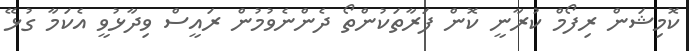
ކޮމިޝަން ރިފޯމް ކުރާނީ ކޮން ފަރާތަކުންތޯ ދެންނެވުމުން ރައީސް ވިދާޅުވީ އެކަމާ ގުޅޭ